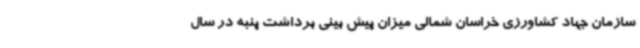
سازمان جهاد کشاورزی خراسان شمالی میزان پیش بینی برداشت پنبه در سال